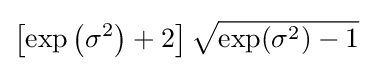
\left[\exp \left(\sigma ^{2}\right)+2\right]{\sqrt {\exp(\sigma ^{2})-1}}